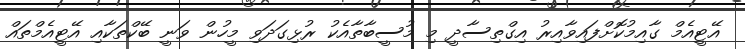
އޭޓީއެމް ގާއިމުކޮށްފައިވާއިރު އިގްތިސާދީ މި މުސީބާތާއެކު ރުޅިގަދަވި މީހުން ވަނީ ބޭކްތަކާއި އޭޓީއެމްތައް